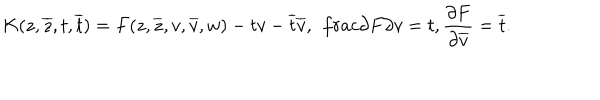
LaTeX: K ( z , \overline { { { z } } } , t , \overline { { { t } } } ) = F ( z , \overline { { { z } } } , v , \overline { { { v } } } , w ) - t v - \overline { { { t } } } \overline { { { v } } } , \ \, \frac { \partial F } { \partial v } = t , \frac { \partial F } { \partial \overline { { { v } } } } = \overline { { { t } } } .